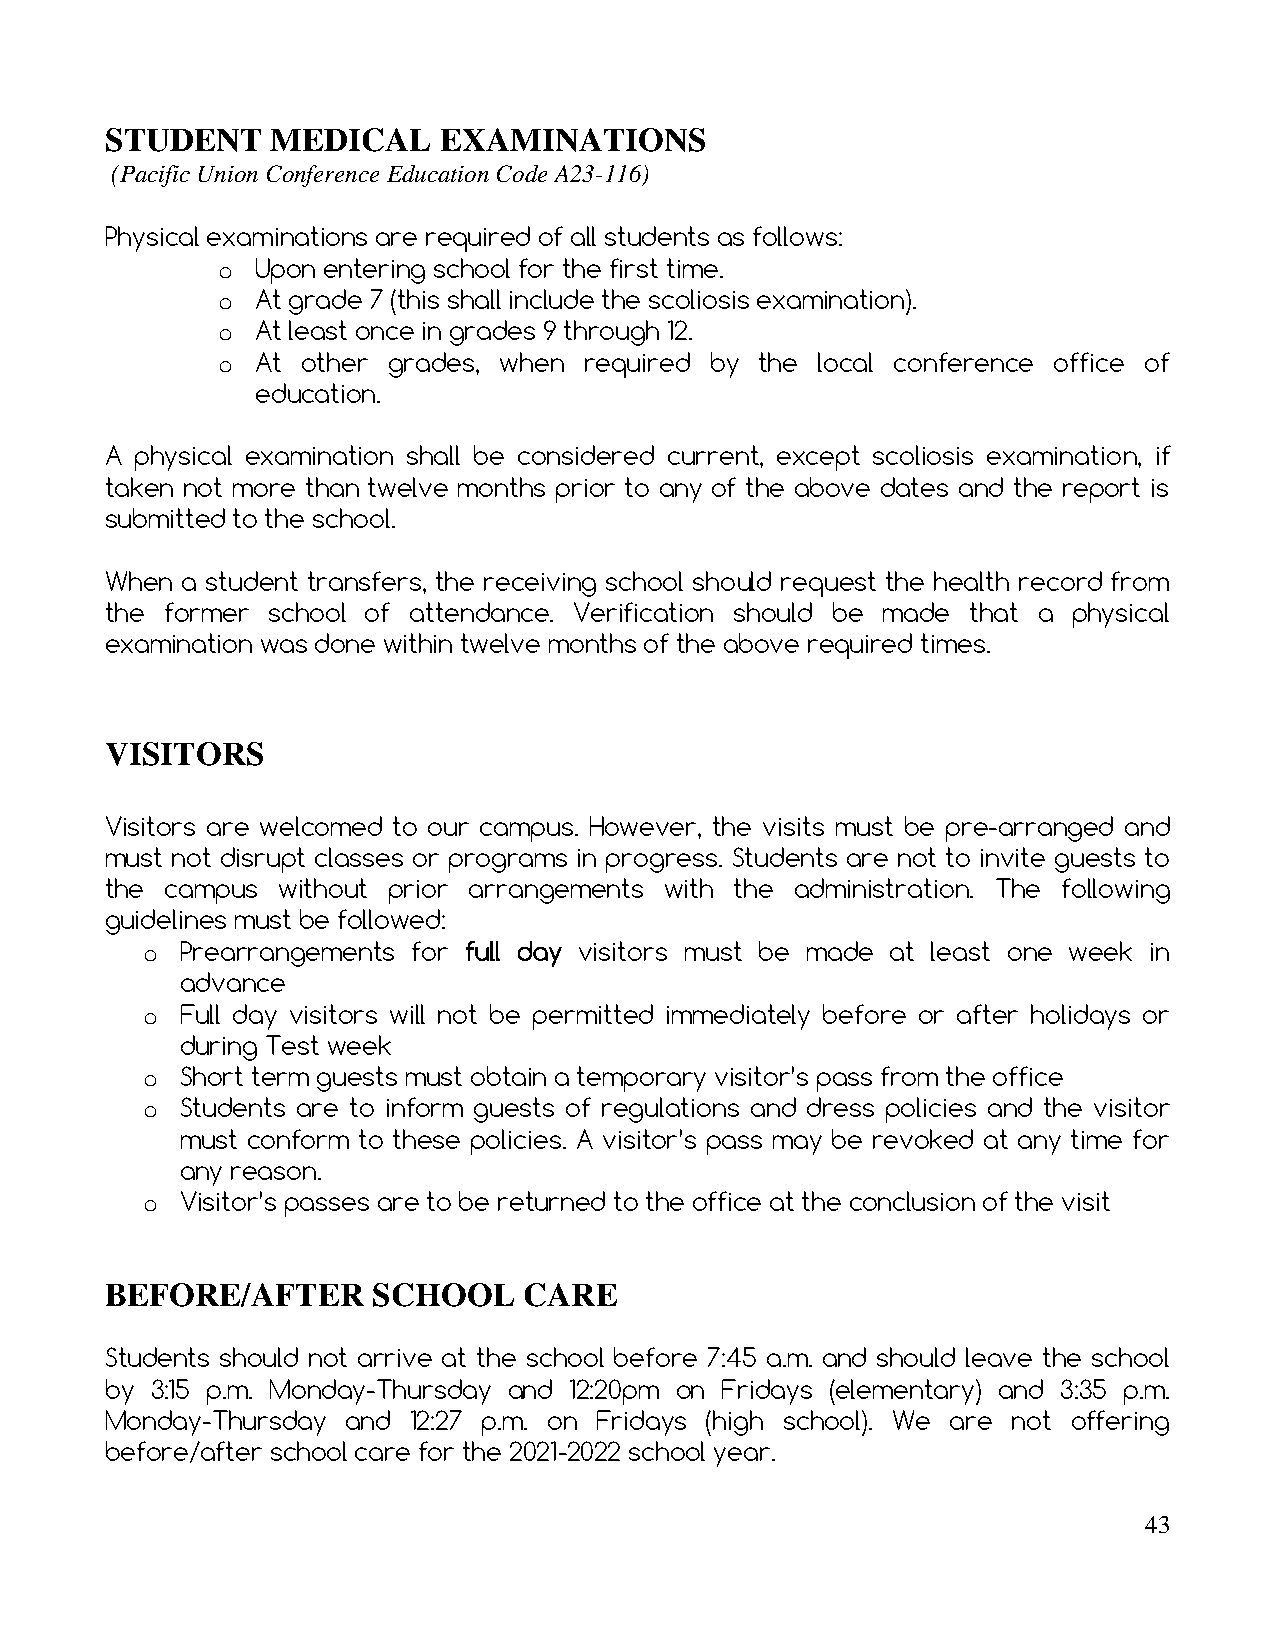
STUDENT    MEDICAL    EXAMINATIONS
 (Pacific Union Conference Education Code A23-116)
 Physical examinations are required of all students as follows:
 o  Upon entering school for the first time.
 o  At grade 7 (this shall include the scoliosis examination).
 o  At least once in grades 9 through 12.
 o  At other grades, when required by the local conference office of
 education.
 A physical examination shall be considered current, except scoliosis examination, if
 taken not more than twelve months prior to any of the above dates and the report is
 submitted to the school.
 When a student transfers, the receiving school should request the health record from
 the former school of attendance. Verification should be made that a physical
 examination was done within twelve months of the above required times.
 VISITORS
 Visitors are welcomed to our campus. However, the visits must be pre-arranged and
 must not disrupt classes or programs in progress. Students are not to invite guests to
 the campus without prior arrangements with the administration. The following
 guidelines must be followed:
 o  Prearrangements for full day visitors must be made at least one week in
 advance
 o  Full day visitors will not be permitted immediately before or after holidays or
 during Test week
 o  Short term guests must obtain a temporary visitor’s pass from the office
 o  Students are to inform guests of regulations and dress policies and the visitor
 must conform to these policies. A visitor’s pass may be revoked at any time for
 any reason.
 o  Visitor’s passes are to be returned to the office at the conclusion of the visit
 BEFORE/AFTER      SCHOOL    CARE
 Students should not arrive at the school before 7:45 a.m. and should leave the school
 by 3:15 p.m. Monday-Thursday and 12:20pm on Fridays (elementary) and 3:35 p.m.
 Monday-Thursday and 12:27 p.m. on Fridays (high school). We are not offering
 before/after school care for the 2021-2022 school year.
 43